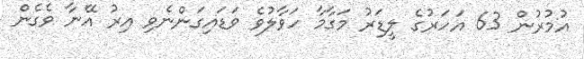
އުމުރުން 63 އަހަރުގެ ލީޑަރު މަގާމާ ހަވާލުވެ ވަޑައިގަންނެވި އިރު އޭނާ ވެގެން